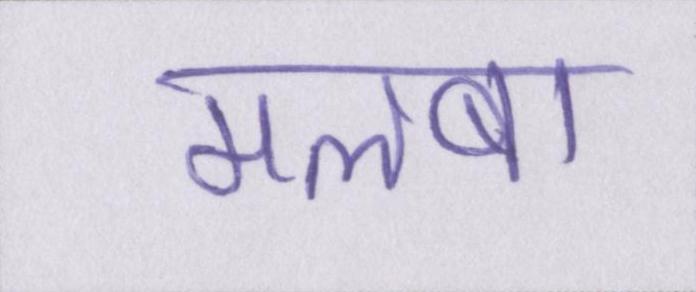
मलबा